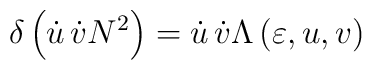
\delta \left( \dot{u}\,\dot{v}N^{2}\right) =\dot{u}\,\dot{v}\Lambda \left(\varepsilon ,u,v\right)